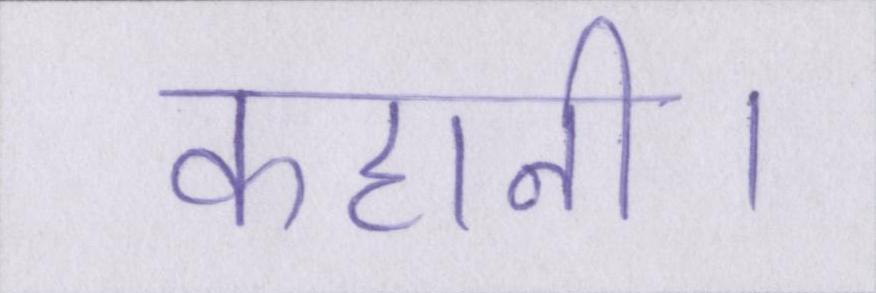
कहानी।